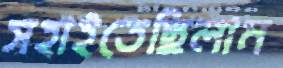
সহাইতেছিলাম